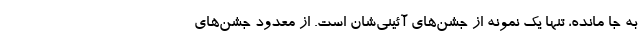
به جا مانده، تنها یک نمونه از جشن‌های آئینی‌شان است. از معدود جشن‌های